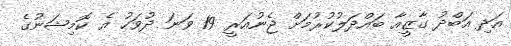
އަދި އަބްދު ގާޒީއާ ބައްދަލުކުރުމަށް ޖެނުއަރީ 19 ވަނަ ދުވަހު އެ ކޮމިޝަނުގެ